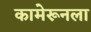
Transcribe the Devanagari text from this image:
कामेरूनला